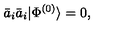
\bar { a } _ { i } \bar { a } _ { i } | \Phi ^ { ( 0 ) } \rangle = 0 ,